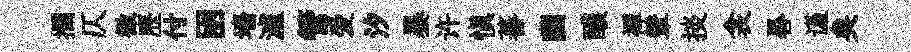
攔仄徵歷付囦墻瀘管爱汐暴许慎蕃幽醲襌輦掞衾晷谨矣